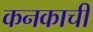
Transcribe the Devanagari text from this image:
कनकाची